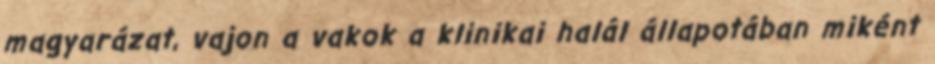
magyarázat, vajon a vakok a klinikai halál állapotában miként